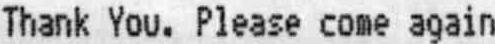
THANK YOU. PLEASE COME AGAIN